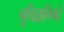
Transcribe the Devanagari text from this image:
भूविज्ञानिकों